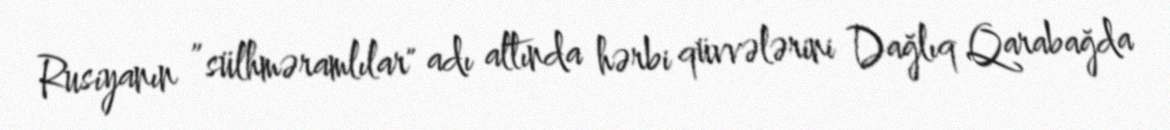
Rusiyanın ”sülhməramlılar" adı altında hərbi qüvvələrini Dağlıq Qarabağda